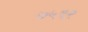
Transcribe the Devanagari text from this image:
७५९२